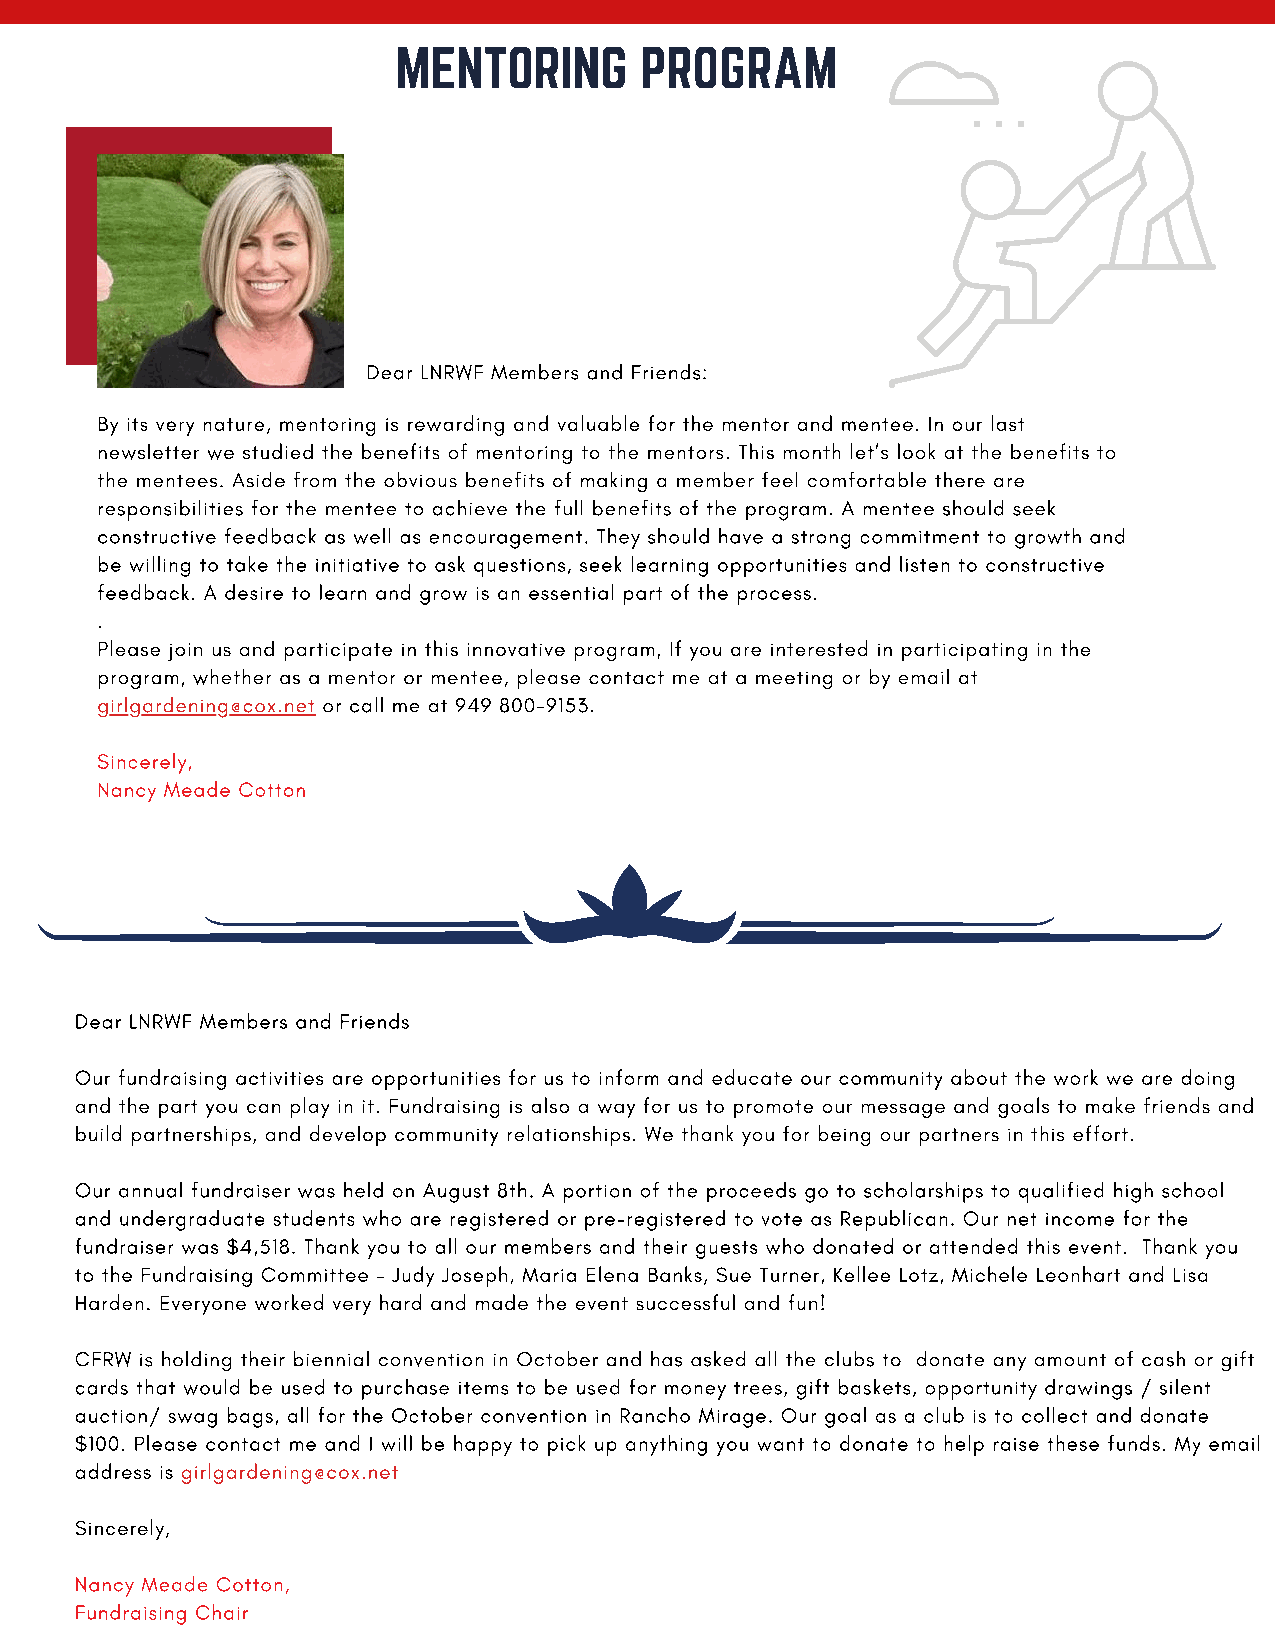
MENTORING       PROGRAM
 Dear LNRWF Members and Friends:
 By its very nature, mentoring is rewarding and valuable for the mentor and mentee. In our last
 newsletter we studied the benefits of mentoring to the mentors. This month let’s look at the benefits to
 the mentees. Aside from the obvious benefits of making a member feel comfortable there are
 responsibilities for the mentee to achieve the full benefits of the program. A mentee should seek
 constructive feedback as well as encouragement. They should have a strong commitment to growth and
 be willing to take the initiative to ask questions, seek learning opportunities and listen to constructive
 feedback. A desire to learn and grow is an essential part of the process.
 .
 Please join us and participate in this innovative program, If you are interested in participating in the
 program, whether as a mentor or mentee, please contact me at a meeting or by email at
 girlgardening@cox.net or call me at 949 800-9153.
 Sincerely,
 Nancy Meade Cotton
 Dear LNRWF Members and Friends
 Our fundraising activities are opportunities for us to inform and educate our community about the work we are doing
 and the part you can play in it. Fundraising is also a way for us to promote our message and goals to make friends and
 build partnerships, and develop community relationships. We thank you for being our partners in this effort.
 Our annual fundraiser was held on August 8th. A portion of the proceeds go to scholarships to qualified high school
 and undergraduate students who are registered or pre-registered to vote as Republican. Our net income for the
 fundraiser was $4,518. Thank you to all our members and their guests who donated or attended this event. Thank you
 to the Fundraising Committee – Judy Joseph, Maria Elena Banks, Sue Turner, Kellee Lotz, Michele Leonhart and Lisa
 Harden. Everyone worked very hard and made the event successful and fun!
 CFRW is holding their biennial convention in October and has asked all the clubs to donate any amount of cash or gift
 cards that would be used to purchase items to be used for money trees, gift baskets, opportunity drawings / silent
 auction/ swag bags, all for the October convention in Rancho Mirage. Our goal as a club is to collect and donate
 $100. Please contact me and I will be happy to pick up anything you want to donate to help raise these funds. My email
 address is girlgardening@cox.net
 Sincerely,
 Nancy Meade Cotton,
 Fundraising Chair